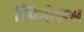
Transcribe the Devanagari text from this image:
स्पिनोसस